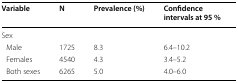
<table><thead><tr><td><b>Variable</b></td><td><b>N</b></td><td><b>Prevalence (%)</b></td><td><b>Confidence intervals at 95 %</b></td></tr></thead><tbody><tr><td colspan="4">Sex</td></tr><tr><td> Male</td><td>1725</td><td>8.3</td><td>6.4–10.2</td></tr><tr><td> Females</td><td>4540</td><td>4.3</td><td>3.4–5.2</td></tr><tr><td> Both sexes</td><td>6265</td><td>5.0</td><td>4.0–6.0</td></tr></tbody></table>